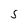
Character: S